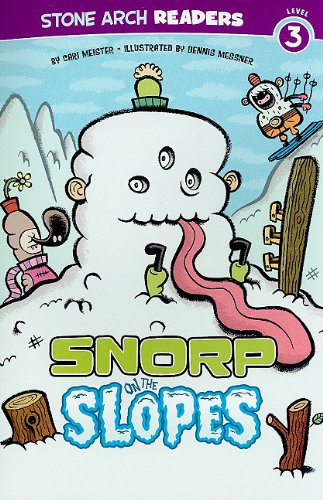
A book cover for Snorp on the Slopes (Monster Friends); Cari Meister; Children's Books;